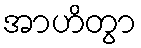
အာဟိတွာ